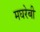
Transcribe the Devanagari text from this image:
मघरेबी